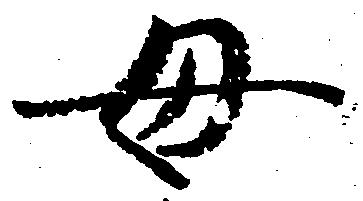
母